Vaccination in Bombay 1856-1862 - 1856-1862
Year: 1856
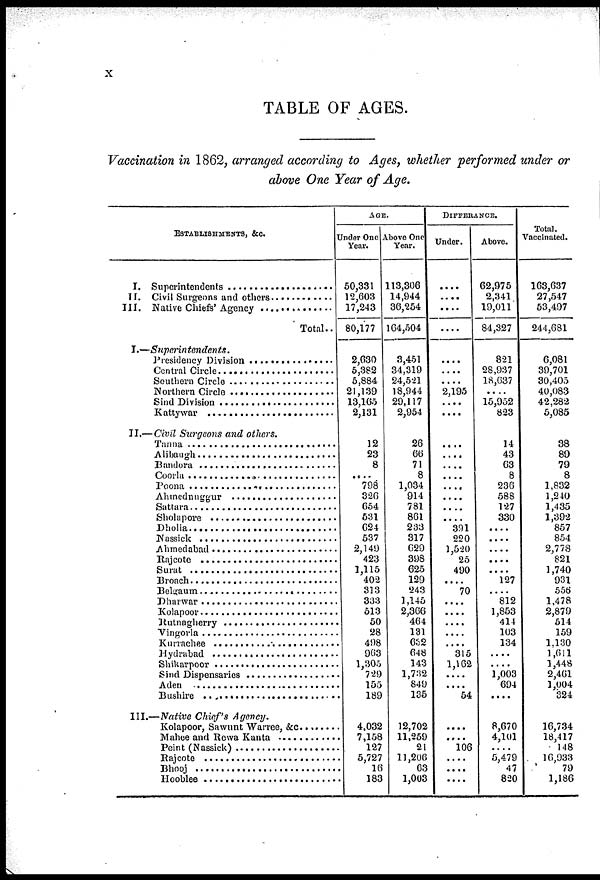
x
TABLE OF AGES.
Vaccination in 1862, arranged according to Ages, whether performed under or
above One Year of Age.
ESTABLISHMENTS, &c.
I. Superintendens ......................
II. Civil Surgeons and others ................
III. Native Chiefs' Agency ..............
Total..
I.—Superintendents.
Presidency Division .........................
Central Circle ..........................
Southern Circle ..................
Northern Circle .......................
Sind Division .......................
Kattywar ............................
II.— Civil Surgeons and others.
Tanna .........................
Alibaugh ........................
Bandora .........................
Coola ...............................
Poona .........................
Ahmednuggur .....................
Sattara ......................
Sholapore .....................
Dholia .........................
Nassick ..........................
Ahmedabad ........................
Rajcote .........................
Surat .............................
Broach ...........................
Belgaum ............................
Dharwar ..........................
Kolapoor ...............................
Rutnagherry ......................
Vingorla .............................
Kurrachee ...............................
Hydrabad ...........................
Shikarpoor .......................
Sind Dispensaries ...................
Aden ............................
Bushire ........................
III.—Native Chief's Agency.
Kolapoor, Sawunt Warree, &c. .........
Mahee and Rewa Kanta ..............
Peint (Nassick) ...................
Rajcote ..........................
Bhooj ...............................
Hooblee .............................
AGE.
Under One
Year.
50,331
12,603
17,243
80,177
2,030
5,382
5,884
21,139
13,165
2,131
12
23
8
....
798
326
654
631
624
537
2,14!)
423
1,115
402
313
333
513
50
28
498
963
1,305
729
155
189
4,032
7,158
127
5,727
16
183
Above One
Year.
113,306
14,944
36,254
164,504
3,451
34,319
24,521
18,944
29,117
2,954
26
66
71
8
1,034
914
781
861
233
317
029
398
625
129
243
1,145
2,366
464
131
632
648
143
1,732
849
135
12,702
11,259
21
11,206
63
1,003
DIFFERANCE.
Under.
....
....
....
....
....
....
....
2,195
....
....
....
....
....
....
....
....
....
«...
391
220
1,520
25
490
....
70
....
....
....
....
....
315
1,162
....
....
54
....
....
106
....
....
....
Above.
62,975
2,341
19,011
84,327
821
28,937
18,637
....
15,952
823
14
43
63
8
236
588
127
330
....
....
....
....
....
127
....
812
1,853
414
103
134
....
....
1,003
694
....
8,670
4,101
....
5,479
47
820
Total
Vaccinated.
163,637
27,547
53,497
244,681
6,081
39,701
30,405
40,083
42,282
5,085
38
89
79
8
1,832
1,240
1,435
1,392
857
854
2,778
821
1,740
931
556
1,478
2,879
514
159
1,130
1,611
1,448
2,401
1,004
324
16,734
18,417
148
16,933
79
1,186